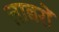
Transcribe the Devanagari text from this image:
त्ताबरों